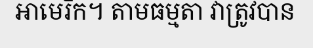
អាមេរិក។ តាមធម្មតា វាត្រូវបាន